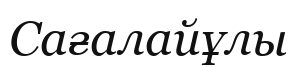
Сағалайұлы